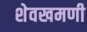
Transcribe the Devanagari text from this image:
शेवखमणी